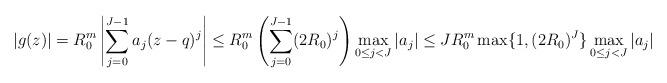
LaTeX: \begin{align*} |g(z)| &= R_0^m \left|\sum_{j=0}^{J-1}a_j(z-q)^j \right|\le R_0^m\left(\sum_{j=0}^{J-1}(2R_0)^j\right)\max_{0\le j < J}|a_j| \le JR_0^m\max\{1,(2R_0)^J\}\max_{0\le j < J}|a_j| \end{align*}